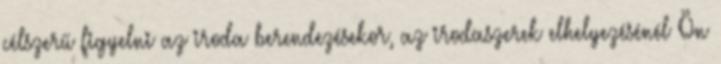
célszerű figyelni az iroda berendezésekor, az irodaszerek elhelyezésénél Ön